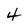
Character: 4